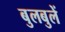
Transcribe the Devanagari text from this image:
बुलबुलें